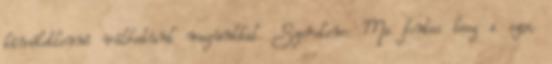
kíméletlenné válhatunk magunkkal. Szerelem: Ma fontos lesz a szex,